Scottish Leaving Certificate Examination, 1958
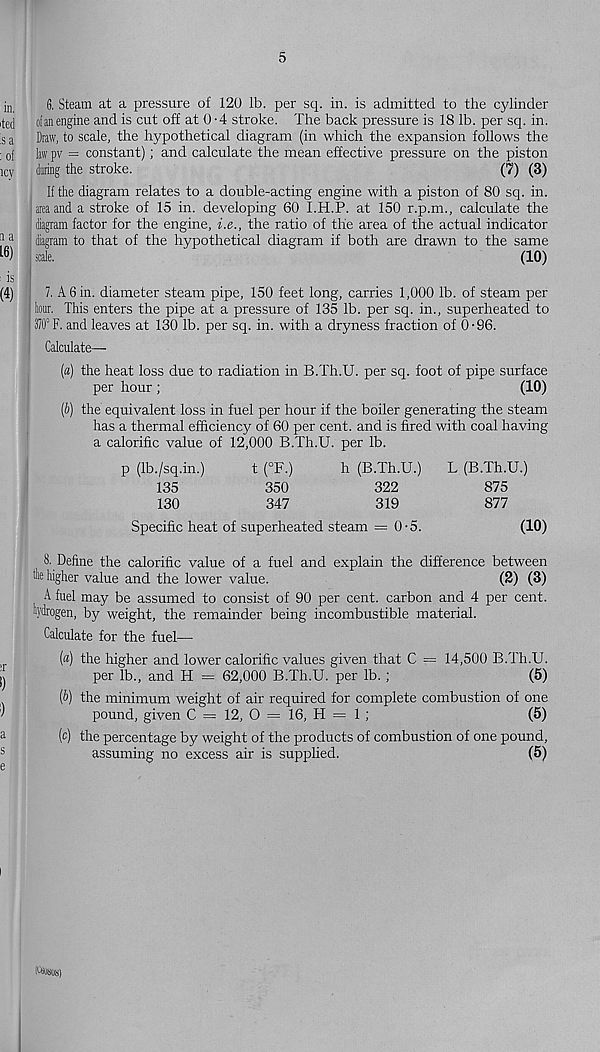
5
6. Steam at a pressure of 120 lb. per sq. in. is admitted to the cylinder
ofanengine and is cut off at 0 -4 stroke. The back pressure is 18 lb. per sq. in.
Draw, to scale, the hypothetical diagram (in which the expansion follows the
law pv = constant); and calculate the mean effective pressure on the piston
daring the stroke.
(7) (3)
If the diagram relates to a double-acting engine with a piston of 80 sq. in.
area and a stroke of 15 in. developing 60 I.H.P. at 150 r.p.m., calculate the
diagram factor for the engine, i.e., the ratio of the area of the actual indicator
diagram to that of the hypothetical diagram if both are drawn to the same
scale.
(10)
7. A 6 in. diameter steam pipe, 150 feet long, carries 1,000 lb. of steam per
lour. This enters the pipe at a pressure of 135 lb. per sq. in., superheated to
370° F. and leaves at 130 lb. per sq. in. with a dryness fraction of 0-96.
Calculate—
[a) the heat loss due to radiation in B.Th.U. per sq. foot of pipe surface
per hour;
(10)
(b) the equivalent loss in fuel per hour if the boiler generating the steam
has a thermal efficiency of 60 per cent, and is fired with coal having
a calorific value of 12,000 B.Th.U. per lb.
p (Ib./sq.in.)
t (°F.)
h (B.Th.U.)
L (B.Th.U.)
135
350
322
875
130
347
319
877
Specific heat of superheated steam = 0-5.
(10)
8. Define the calorific value of a fuel and explain the difference between
fc higher value and the lower value.
(2) (3)
A fuel may be assumed to consist of 90 per cent, carbon and 4 per cent,
hydrogen, by weight, the remainder being incombustible material.
Calculate for the fuel—
(«) the higher and lower calorific values given that C == 14,500 B.Th.U.
per lb., and H = 62,000 B.Th.U. per lb. ;
(5)
(b) the minimum weight of air required for complete combustion of one
pound, given C — 12, O = 16, H = 1 ;
(5)
(c) the percentage by weight of the products of combustion of one pound,
assuming no excess air is supplied.
(5)
Iftwus)